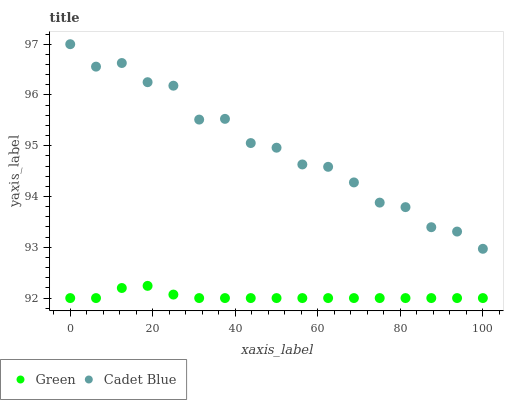
| xaxis_label | Green | Cadet Blue |
 | --- | --- | --- |
 | 0 | 92 | 97 |
 | 6.25 | 92 | 96.6 |
 | 12.5 | 92.2 | 96.6 |
 | 18.8 | 92.2 | 96.3 |
 | 25 | 92.1 | 96.2 |
 | 31.2 | 92 | 95.5 |
 | 37.5 | 92 | 95.5 |
 | 43.8 | 92 | 95.1 |
 | 50 | 92 | 95 |
 | 56.2 | 92 | 94.6 |
 | 62.5 | 92 | 94.6 |
 | 68.8 | 92 | 94.3 |
 | 75 | 92 | 93.9 |
 | 81.2 | 92 | 93.8 |
 | 87.5 | 92 | 93.4 |
 | 93.8 | 92 | 93.3 |
 | 100 | 92 | 93 |